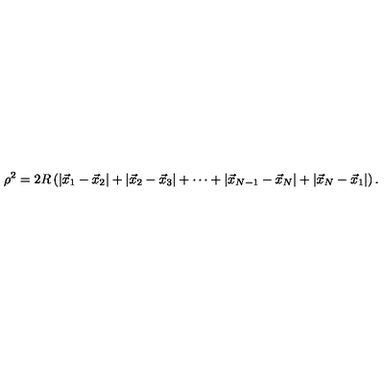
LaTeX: \rho ^ { 2 } = 2 R \left( | \vec { x } _ { 1 } - \vec { x } _ { 2 } | + | \vec { x } _ { 2 } - \vec { x } _ { 3 } | + \cdots + | \vec { x } _ { N - 1 } - \vec { x } _ { N } | + | \vec { x } _ { N } - \vec { x } _ { 1 } | \right) .